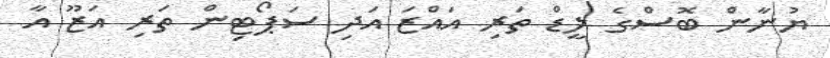
ޔުނާން ބޮސްގެ ލީޑް ތަރި އައްޒަ އަދި ސަޕޯޓިން ތަރި އަޒޫ އާ